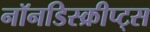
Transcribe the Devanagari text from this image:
नॉनडिस्क्रीप्ट्स